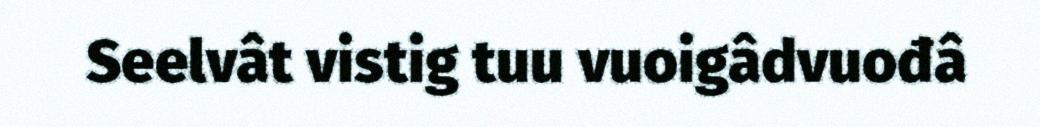
Seelvât vistig tuu vuoigâdvuođâ